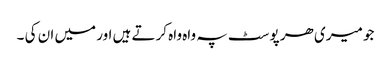
جو میری ھر پوسٹ پہ واہ واہ کرتے ہیں اور میں ان کی ۔